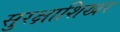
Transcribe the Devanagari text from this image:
सुरक्षाशिखर